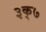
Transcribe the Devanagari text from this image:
३क्७